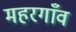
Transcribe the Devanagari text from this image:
महरगाँव